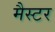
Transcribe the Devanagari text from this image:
मैस्टर